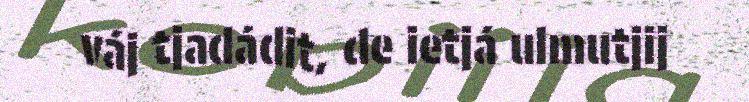
váj tjadádit, de ietjá ulmutjij